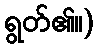
ရွတ်၏။)